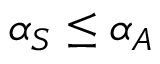
\alpha _ { S } \leq \alpha _ { A }